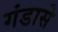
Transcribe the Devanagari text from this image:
गंडासे